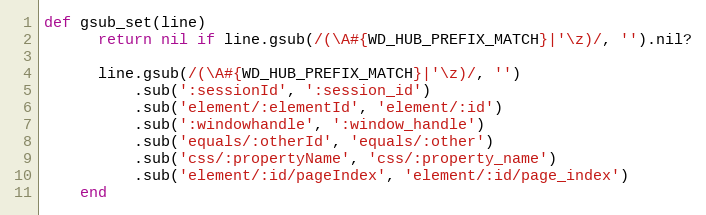
Language: Ruby
def gsub_set(line)
      return nil if line.gsub(/(\A#{WD_HUB_PREFIX_MATCH}|'\z)/, '').nil?

      line.gsub(/(\A#{WD_HUB_PREFIX_MATCH}|'\z)/, '')
          .sub(':sessionId', ':session_id')
          .sub('element/:elementId', 'element/:id')
          .sub(':windowhandle', ':window_handle')
          .sub('equals/:otherId', 'equals/:other')
          .sub('css/:propertyName', 'css/:property_name')
          .sub('element/:id/pageIndex', 'element/:id/page_index')
    end